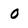
Character: o